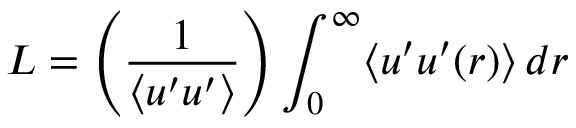
L = \left( { \frac { 1 } { \langle u ^ { \prime } u ^ { \prime } \rangle } } \right) \int _ { 0 } ^ { \infty } \langle u ^ { \prime } u ^ { \prime } ( r ) \rangle \, d r